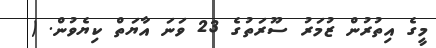
މީގެ އިތުރުން ޒުމަރު ސޫރަތުގެ 23 ވަނަ އާޔަތް ކިޔެވުން. (